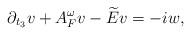
LaTeX: \begin{align*}\partial_{t_3}v+A^\omega_Fv-\widetilde{E}v = -iw,\end{align*}